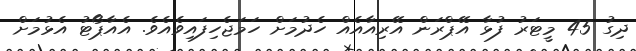
ދިގު 45 މީޓަރު ފުޅާ އޭޕްރަން އޭރިއާއެއް ހެދުމަށް ހަމަޖެހިފައިވެއެވެ. އެއާޕޯޓު އެޅުމަށް